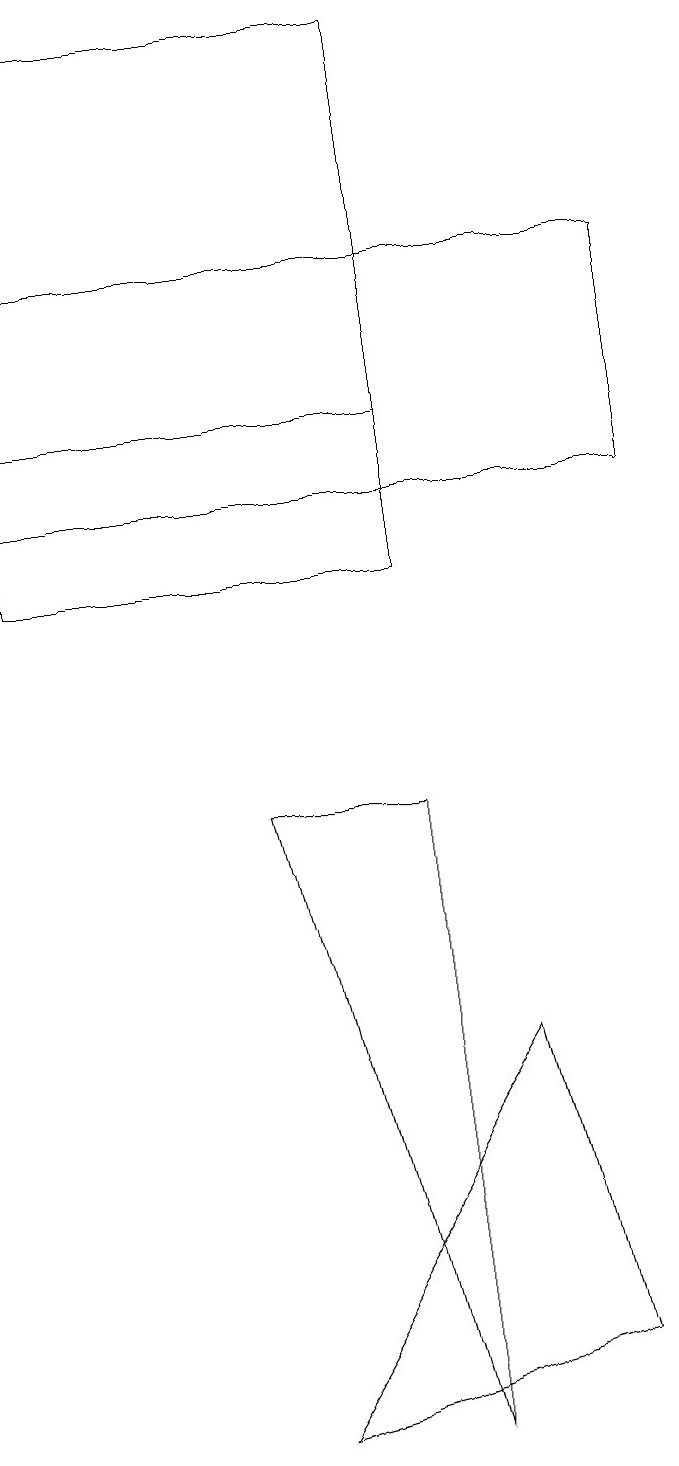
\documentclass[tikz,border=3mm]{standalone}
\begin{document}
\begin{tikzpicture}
\draw (1,16) rectangle (9,13);
\draw (8,2) -- (7,6) -- (4,1) -- cycle;
\draw (1,19) rectangle (6,12);
\draw (6,14) rectangle (1,19);
\draw (6,9) -- (4,9) -- (6,1) -- cycle;
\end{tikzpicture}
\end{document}